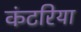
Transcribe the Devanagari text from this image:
कंटरिया